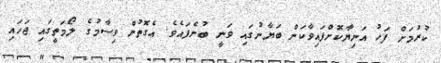
ކުރުމަށް ފަހު އަނިޔާކޮށްފައިވާކަން ބަޔާނުގައި ވަނީ ބުނެފައެވެ. އެގޮތުން ވިސާމުގެ ލޯމަތީގައި ޖަހައި